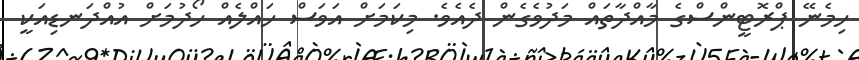
ހިމެނޭ ޕްރޮޓީންސްގެ މާއްދާތައް މަދުވެގެން ދެއެވެ. މިކަމަށް އަވަސް ހައްލެއް ހޯދުމަށް އުއްދަނޑިއަކީ